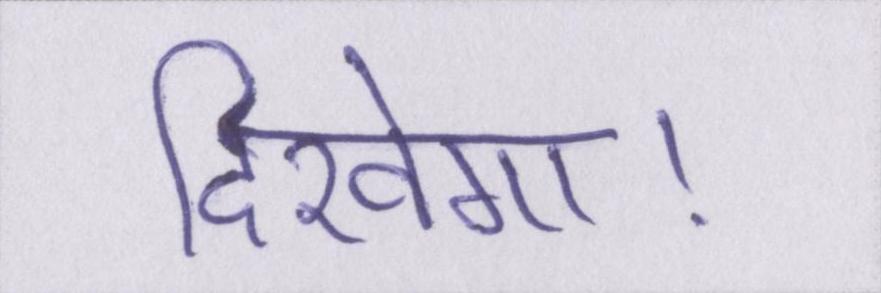
दिखेगा।